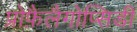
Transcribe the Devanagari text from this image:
प्रोफ़ैलैगोप्सिडी